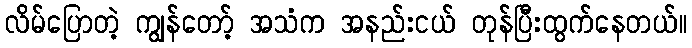
လိမ်ပြောတဲ့ ကျွန်တော့် အသံက အနည်းငယ် တုန်ပြီးထွက်နေတယ်။